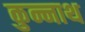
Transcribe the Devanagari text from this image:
कुन्नाथ